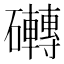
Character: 𮁗